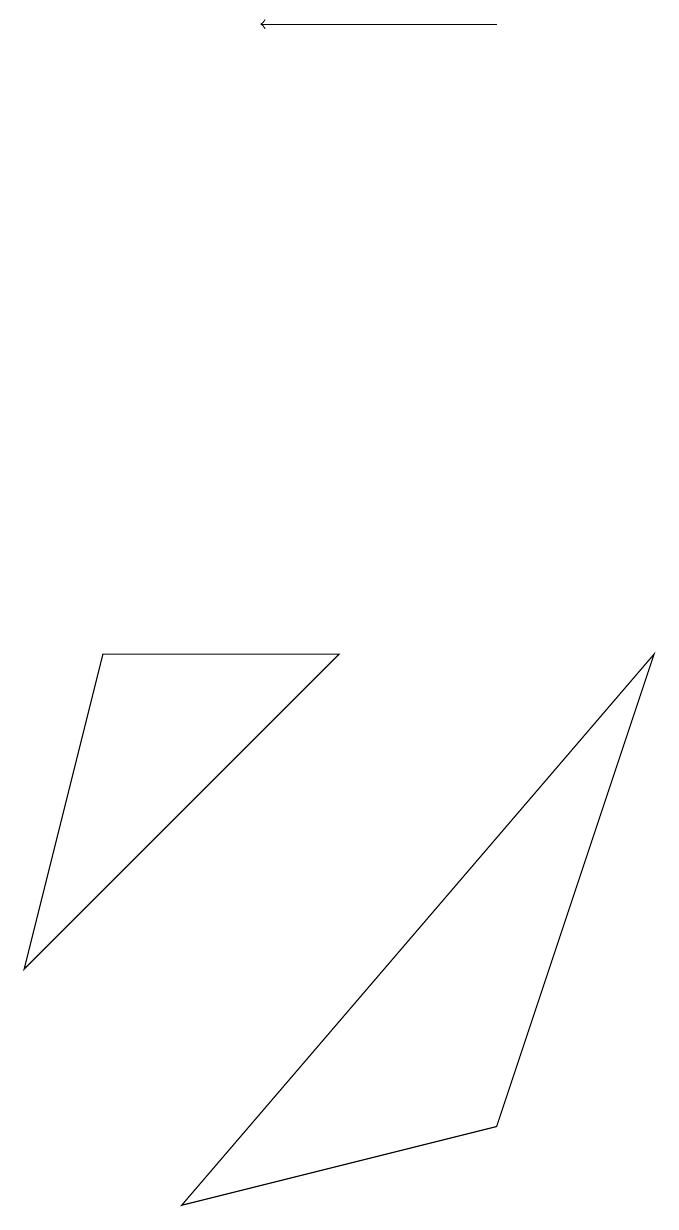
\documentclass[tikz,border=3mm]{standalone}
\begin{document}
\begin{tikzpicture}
\draw (2,1) -- (8,8) -- (6,2) -- cycle;
\draw[->] (6,16) -- (3,16);
\draw (1,8) -- (0,4) -- (4,8) -- cycle;
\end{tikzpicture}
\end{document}